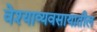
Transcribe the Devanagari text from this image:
वेश्याव्यवसायातील